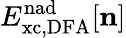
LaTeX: E_{\mathrm{{xc,DFA}}}^{\mathrm{nad}}[{\mathbf n}]